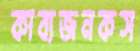
কাব্যজনকস